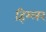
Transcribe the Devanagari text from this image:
हिम्लर